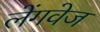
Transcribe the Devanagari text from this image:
लेंगवेज